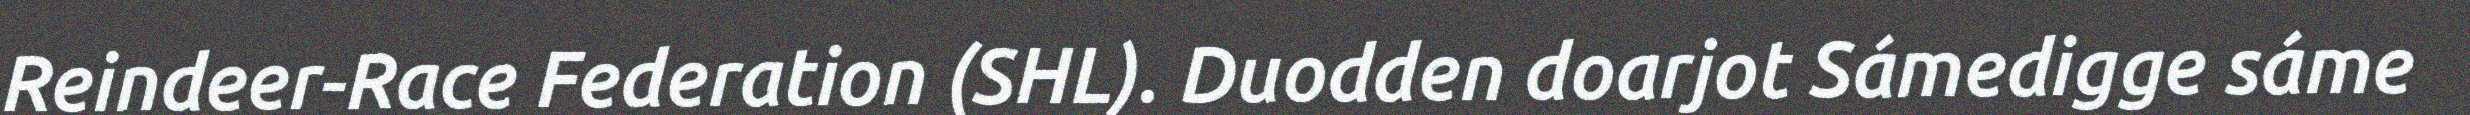
Reindeer-Race Federation (SHL). Duodden doarjot Sámedigge sáme